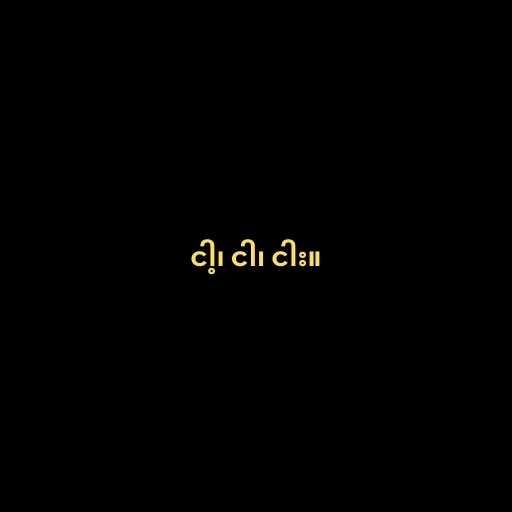
ငါ့၊ ငါ၊ ငါး။